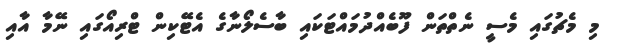
މި މެޗުގައި މެސީ ނެތްތަން ފޫބެއްދުމައްޓަކައި ބާސެލޯނާގެ އެޓޭކިން ޓްރިއޯގައި ނޭމާ އާއި